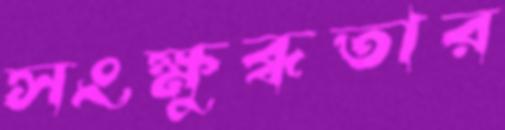
সংক্ষুব্ধতার